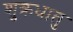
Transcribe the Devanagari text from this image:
शुक्रधातु